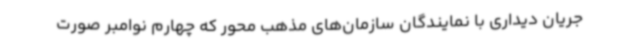
جریان دیداری با نمایندگان سازمان‌های مذهب محور که چهارم نوامبر صورت